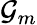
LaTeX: \mathcal{G}_{m}